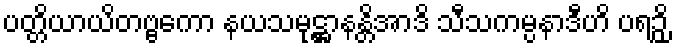
ပတ္တိယာယိတဗ္ဗကော နယသမုဋ္ဌာနန္တိအာဒိ သီသကမ္ပနာဒီဟိ ပရဉှိ